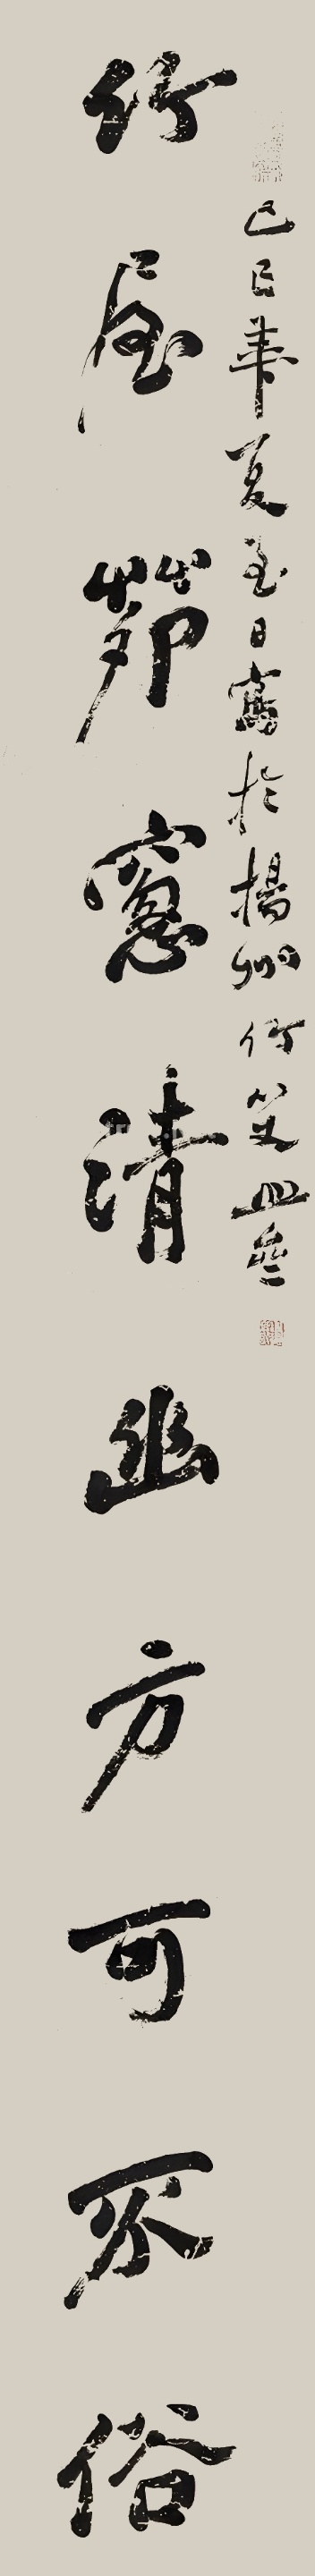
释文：竹屋茅窗清幽方可不俗。己巳年夏至日，写于杨州竹管山斋。